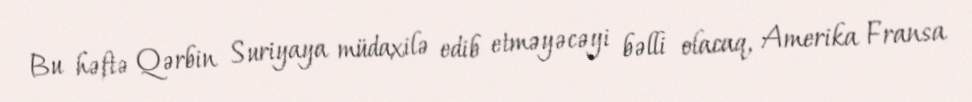
Bu həftə Qərbin Suriyaya müdaxilə edib etməyəcəyi bəlli olacaq, Amerika Fransa